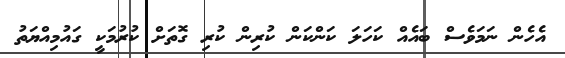
އެހެން ނަމަވެސް ބައެއް ކަހަލަ ކަންކަން ކުރިން ކުރި ގޮތަށް ކުރުމަކީ ގައުމިއްޔަތު